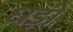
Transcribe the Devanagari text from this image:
धड़ी